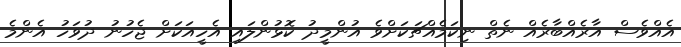
އެއްވެސް އާރެއްބާރެއް ނެތް ނިކަމެއްޗަކަށްވެ އުންމީދު ކޮޅުންލައި އެހީއަކަށް ޖެހުނު ދުވަހު އެންމެ